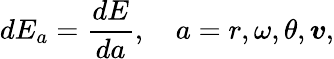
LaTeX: dE_{a}=\frac{dE}{da},\quad a=r,\omega,\theta,\boldsymbol{v},